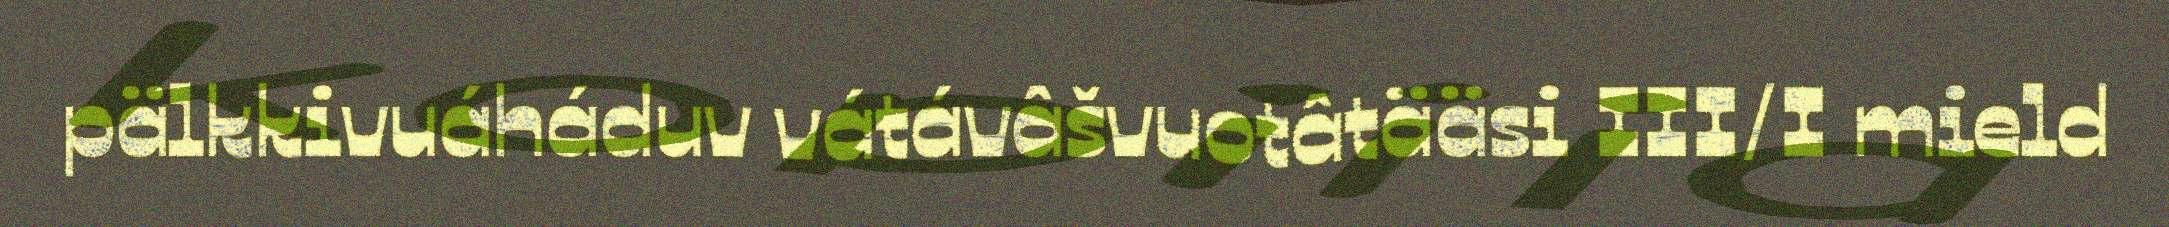
pälkkivuáháduv vátávâšvuotâtääsi III/I mield